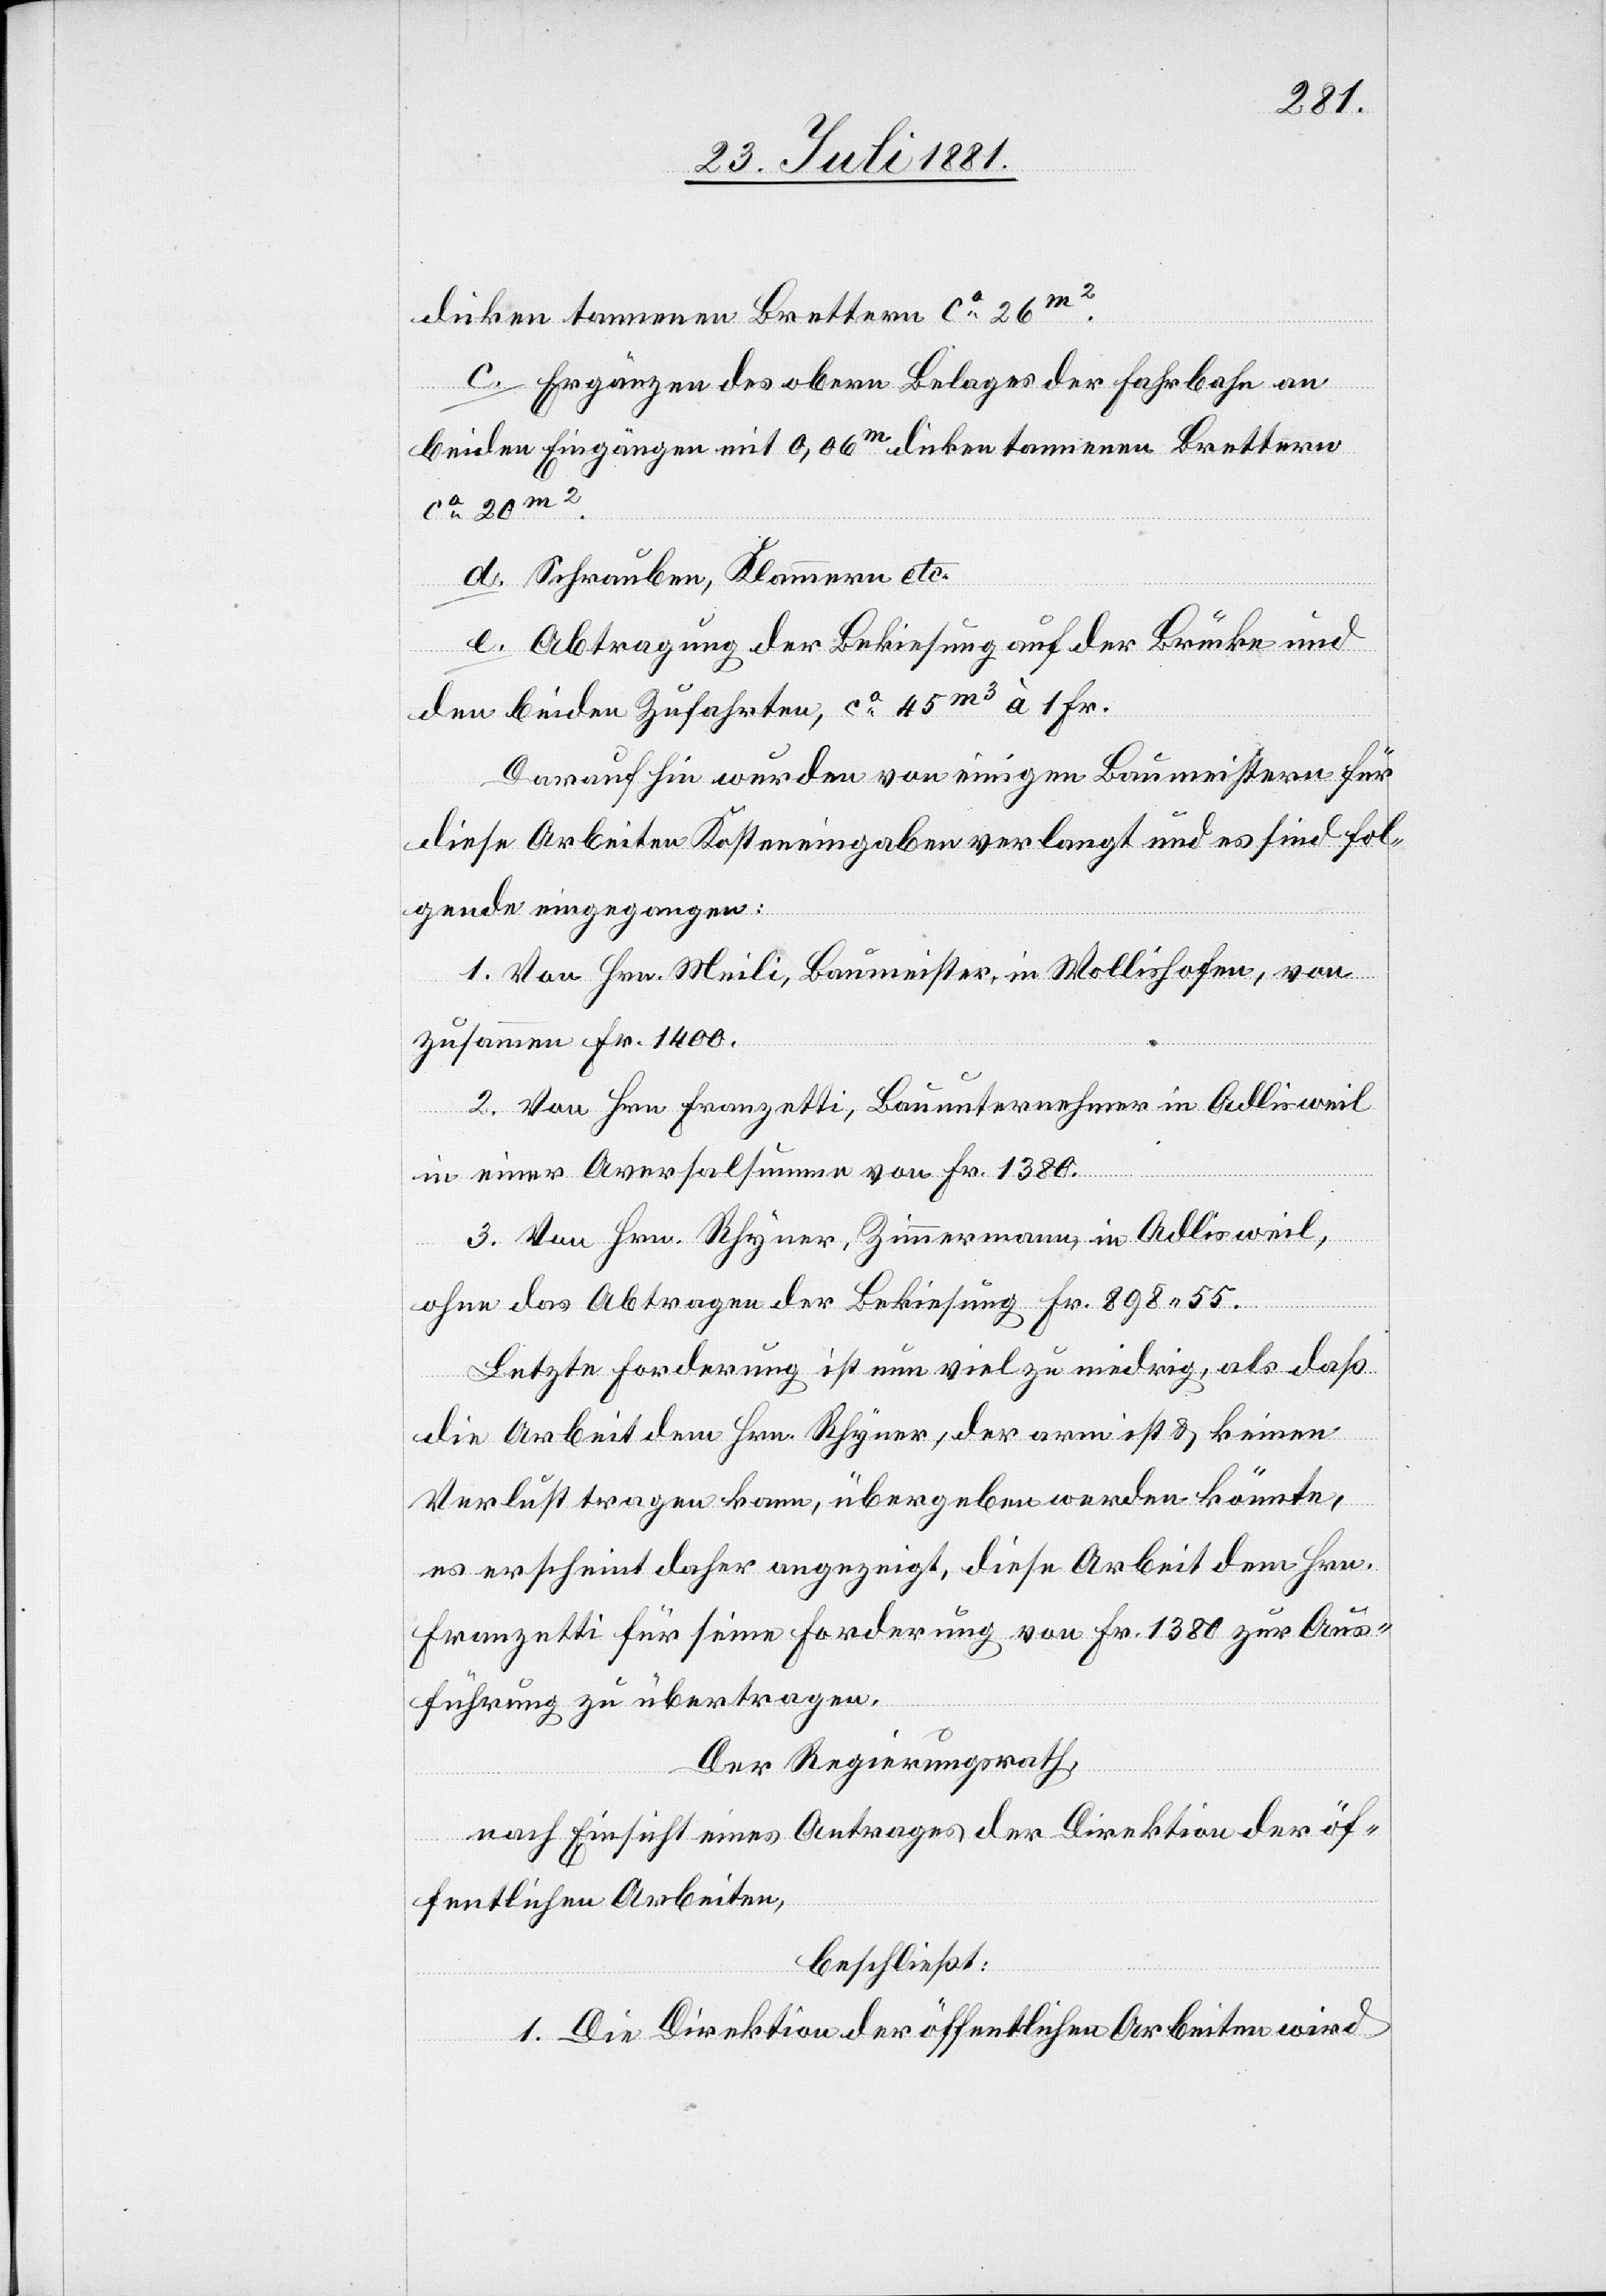
dicken tannenen Brettern ca 26m2.
c. Ergänzen des obern Belages der Fahrbahn an
beiden Eingängen mit 0,06m dicken tannenen Brettern
ca 20m2.
d. Schrauben, Klammern etc.
e. Abtragung der Bekiesung auf der Brücke und
den beiden Zufahrten, ca 45m3 à 1 Fr.
Daraufhin wurden von einigen Baumeistern für
diese Arbeiten Kosteneingaben verlangt und es sind fol¬
gende eingegangen:
1. Von Hrn. Meili, Baumeister, in Wollishofen, von
zusammen Fr. 1400.
2. Von Hrn. Franzetti, Bauunternehmer in Adlisweil
in einer Aversalsumme von Fr. 1380.
3. Von Hrn. Rhyner, Zimmermann, in Adlisweil,
ohne das Abtragen der Bekiesung Fr. 895 55.
Letzte Forderung ist nun viel zu niedrig, als daß
die Arbeit dem Hrn. Rhyner, der arm ist & keinen
Verlust tragen kann, übergeben werden könnte,
es erscheint daher angezeigt, diese Arbeit dem Hrn.
Franzetti für seine Forderung von Fr. 1380 zur Aus¬
führung zu übertragen.
Der Regierungsrath,
nach Einsicht eines Antrages der Direktion der öf¬
fentlichen Arbeiten,
beschließt:
1. Die Direktion der öffentlichen Arbeiten wird